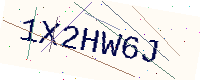
Text: 1X2HW6J